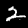
Digit: 2